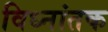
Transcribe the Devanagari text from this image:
विध्नांतक